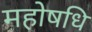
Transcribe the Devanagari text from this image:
महोषधि